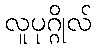
လူပုဂ္ဂိုလ်